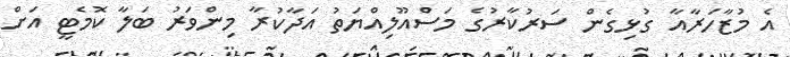
އެ މުޒާހަރާއާ ގުޅިގެން ސަރުކާރުގެ މަސްއޫލިއްޔަތު އަދާކުރާ މިންވަރު ބަލާ ކޮމެޓީ އަށް